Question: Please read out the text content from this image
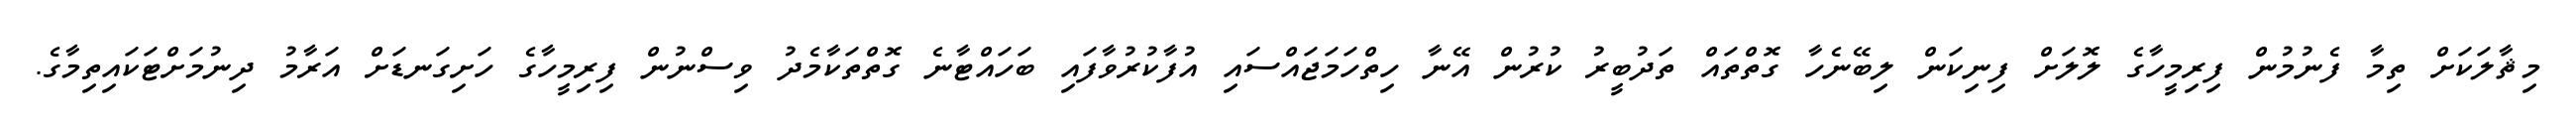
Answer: މިޘާލަކަށް ތިމާ ފެނުމުން ފިރިމީހާގެ ލޮލަށް ފިނިކަން ލިބޭނެހާ ގޮތްތައް ތަދުބީރު ކުރުން އޭނާ ހިތްހަމަޖައްސައި އުފާކުރުވާފައި ބަހައްޓާނެ ގޮތްތަކާމެދު ވިސްނުން ފިރިމީހާގެ ހަށިގަނޑަށް އަރާމު ދިނުމަށްޓަކައިތިމާގެ.